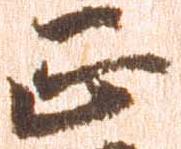
正